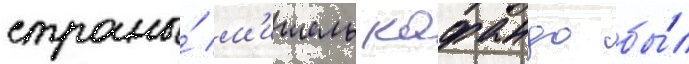
страны́ м'ишель кафандо бы́л